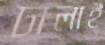
ঢালাই